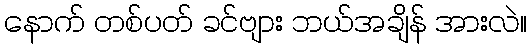
နောက် တစ်ပတ် ခင်ဗျား ဘယ်အချိန် အားလဲ။